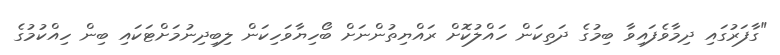
"ގާފަރުގައި ދިމާވެފައިވާ ބިމުގެ ދަތިކަން ހައްލުކޮށް ރައްޔިތުންނަށް ބޯހިޔާވަހިކަން ލިބިދިނުމަށްޓަކައި ބިން ހިއްކުމުގެ